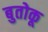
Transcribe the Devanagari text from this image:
बुतोकू